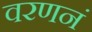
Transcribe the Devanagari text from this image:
वरणनं